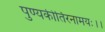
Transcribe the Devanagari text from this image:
पुण्यकीर्तिरनामयः।।